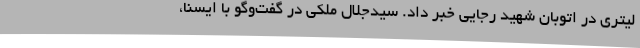
لیتری در اتوبان شهید رجایی خبر داد. سیدجلال ملکی در گفت‌وگو با ایسنا،